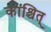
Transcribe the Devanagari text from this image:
कांश्चित्